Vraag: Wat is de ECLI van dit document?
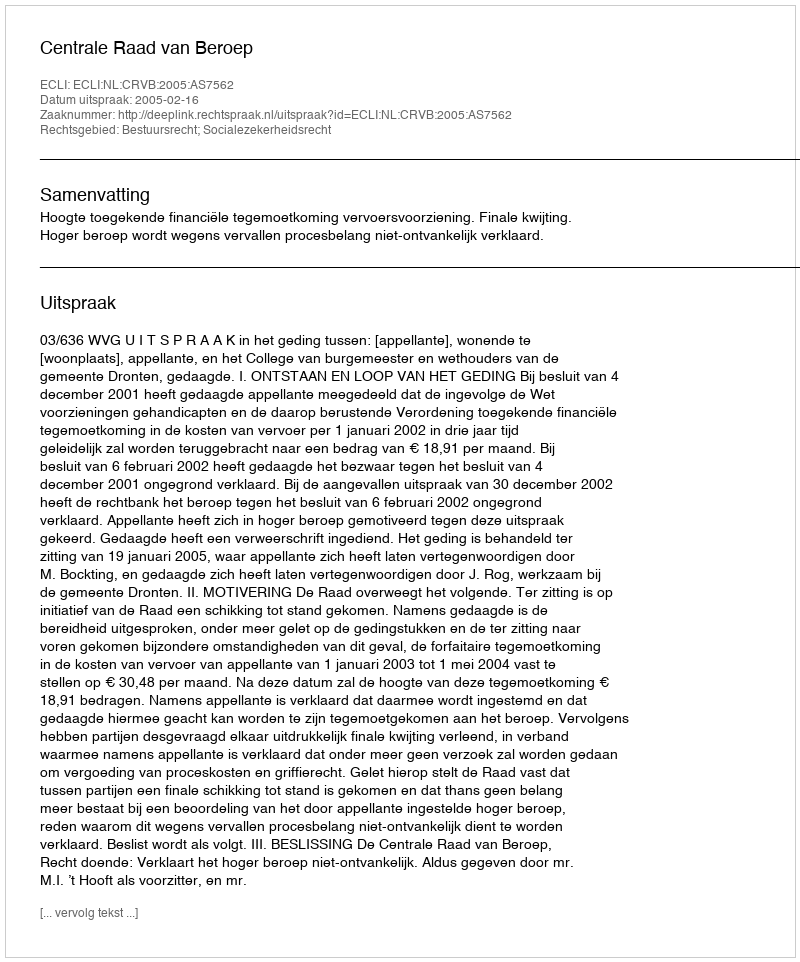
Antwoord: ECLI:NL:CRVB:2005:AS7562